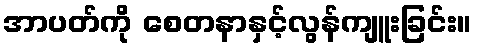
အာပတ်ကို စေတနာနှင့်လွန်ကျူးခြင်း။